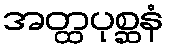
အတ္ထပုစ္ဆနံ